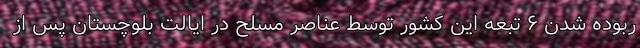
ربوده شدن ۶ تبعه این کشور ‌توسط عناصر مسلح در ایالت بلوچستان پس از